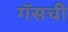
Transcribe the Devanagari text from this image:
गॅसची